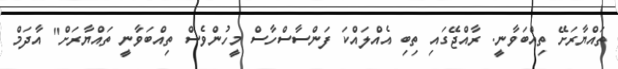
ތައްޔާރަށޭ ތިއްބަވާނީ. ރާއްޖޭގައި ތިބި އެއްލައްކަ ފަންސާސްހާސް މީހުންވެސް ތިއްބަވާނީ ތައްޔާރަށް" އާދަމް